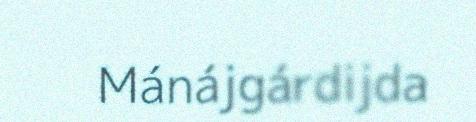
Mánájgárdijda